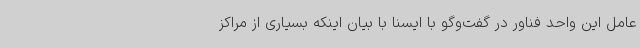
عامل این واحد فناور در گفت‌وگو با ایسنا با بیان اینکه بسیاری از مراکز